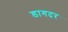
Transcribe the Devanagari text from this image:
डागदर